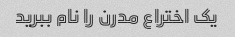
یک اختراع مدرن را نام ببرید